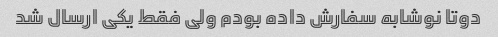
دوتا نوشابه سفارش داده بودم ولی فقط یکی ارسال شد